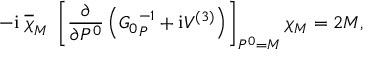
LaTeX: - \mathrm { i } \; \overline { { \chi } } _ { M } \; \left[ \frac { \partial } { \partial P ^ { 0 } } \left( { G _ { 0 } } _ { P } ^ { - 1 } + \mathrm { i } V ^ { ( 3 ) } \right) \right] _ { P ^ { 0 } = M } \chi _ { M } = 2 M ,